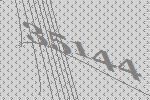
35144